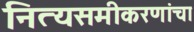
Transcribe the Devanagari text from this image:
नित्यसमीकरणांचा